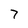
Character: 7